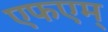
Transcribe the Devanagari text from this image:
एफएम्